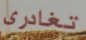
تغادرى